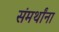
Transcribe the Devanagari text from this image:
संमर्थांना